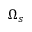
\Omega _ { s }